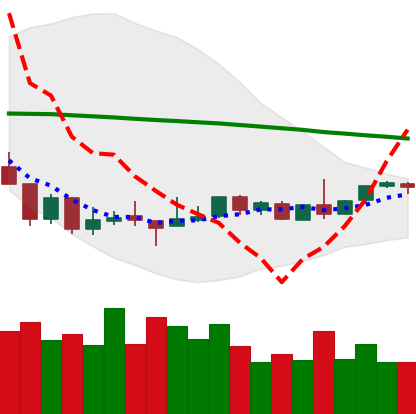
Ticker: BTC-USD
Chart end date: 2018-08-26
Forward return: 4.925%
Label: up_3_5